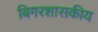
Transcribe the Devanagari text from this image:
बिगरशासकीय